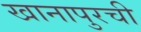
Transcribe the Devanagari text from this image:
खानापुरची